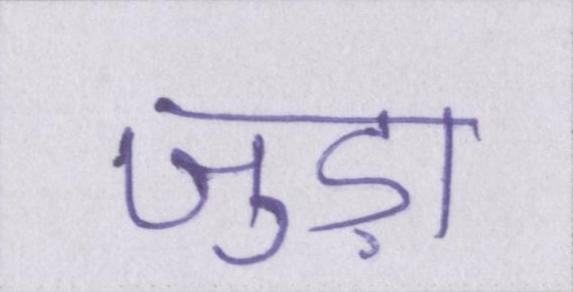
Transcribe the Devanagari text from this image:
जुड़ा